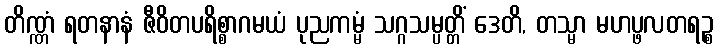
တိဏ္ဏံ ရတနာနံ ဇီဝိတပရိစ္စာဂမယံ ပုညကမ္မံ သဂ္ဂသမ္ပတ္တိံ ဒေတိ, တသ္မာ မဟပ္ဖလတရဉ္စ